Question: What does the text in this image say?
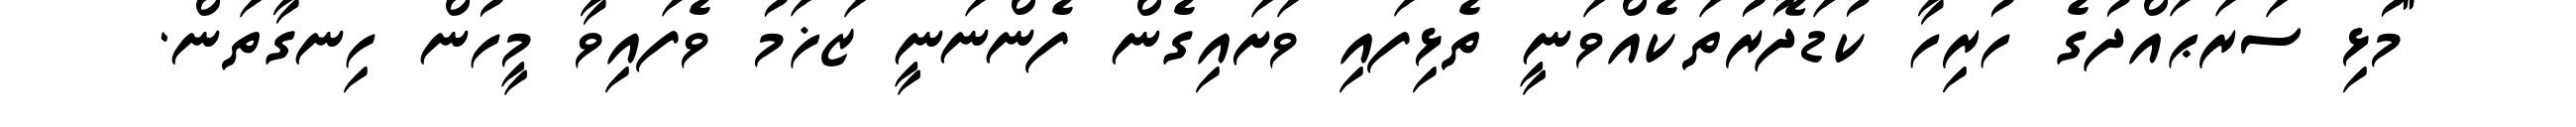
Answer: "މުޅި ސަރަޙައްދުގެ ހުރިހާ ކުޑަދޮރުތަކެއްވަނީ ތެޅިފައި ވަށައިގެން ފެންނަނީ ޒަޚަމު ވެފައިވާ މީހުން ހިނގާތަން.